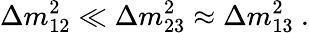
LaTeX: \Delta m_{12}^{2}\ll\Delta m_{23}^{2}\approx\Delta m_{13}^{2}~.